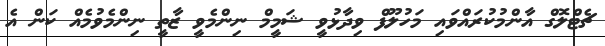
ޗެޓްލޮގް އާންމުކުރައްވައި މަހުލޫފް ވިދާޅުވީ ޝަމީމް ނިންމެވީ ޒާތީ ނިންމެވުމެއް ކަން އެ